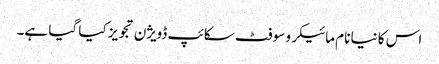
اس کا نیا نام مائیکرو سوفٹ سکائپ ڈویژن تجویز کیا گیا ہے۔